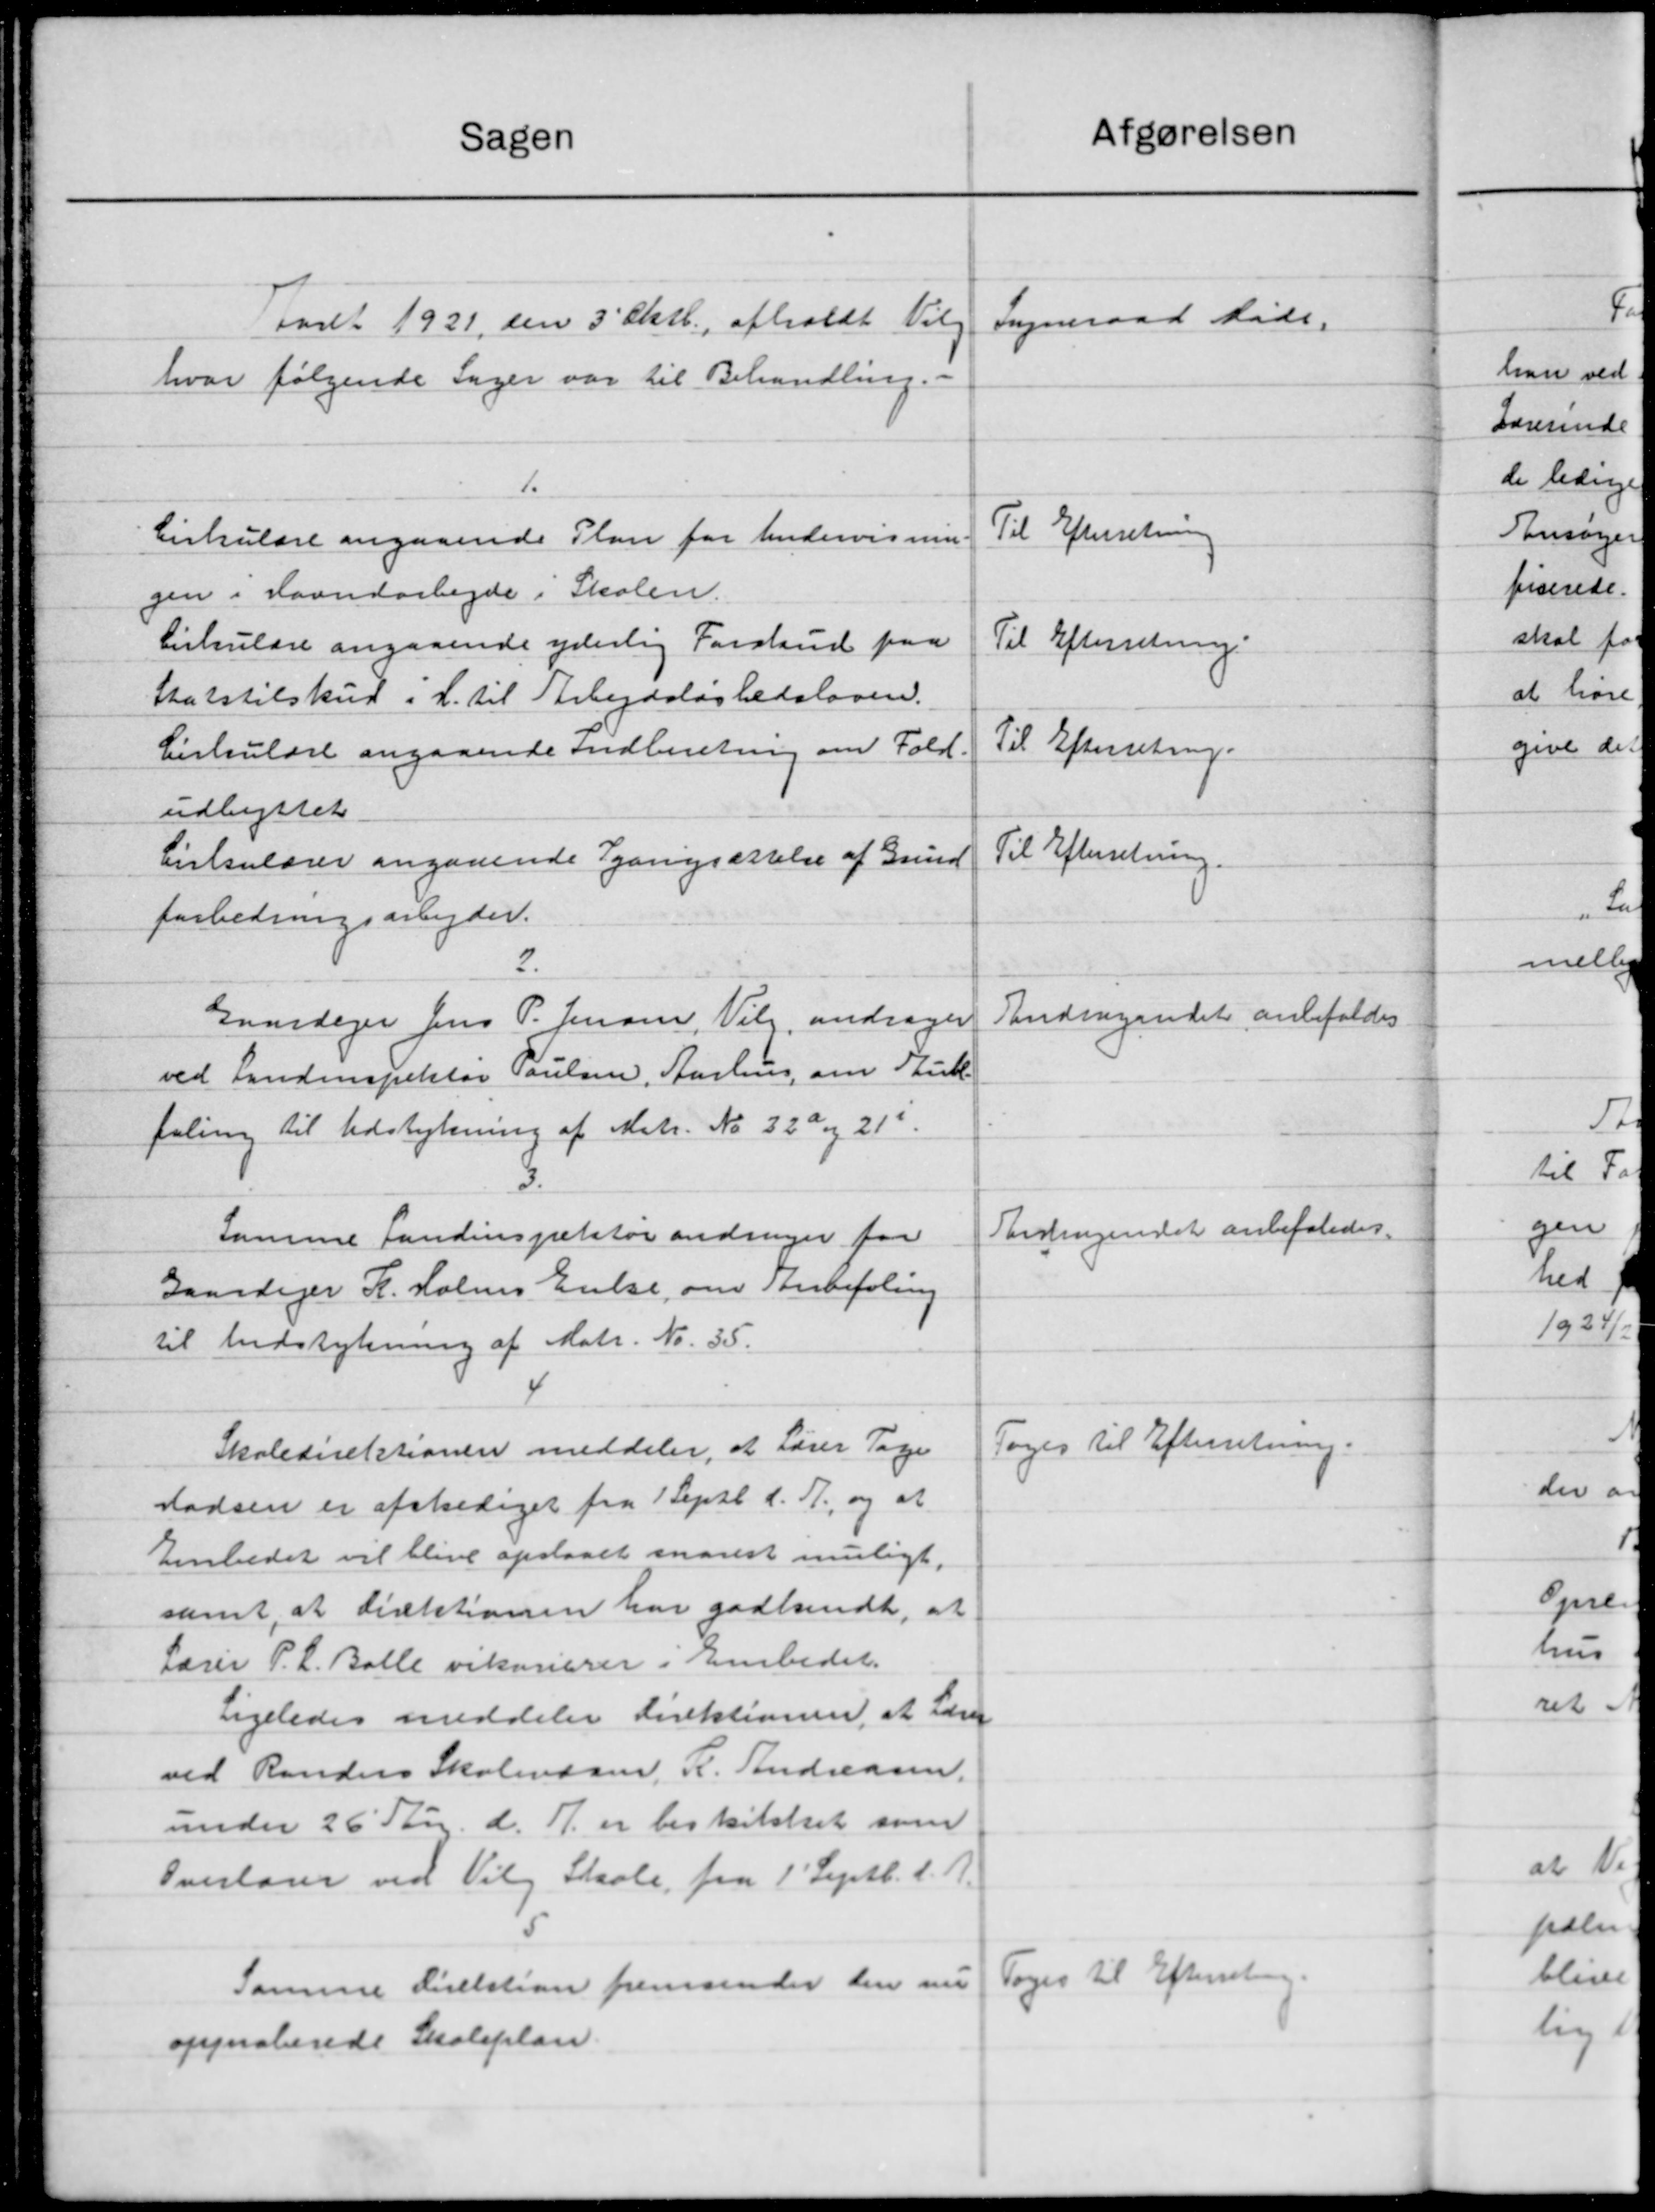
Transskription:
Afgørelsen
Sagen
Sogneraad Møde.
Taret 1921 den 3' Oktb. afholdt Valg
hvor følgende Sager var til Behandling. -
1.
Til Efterretning
Cirkulære angaaende Plan for Undervisning
gen i Haandarbejde i Skolen.
Cirkulære angaaende yderlig Forskud paa
Til Efterretning.
Statstilskud i H. til Arbejdsløshedsloven.
Til Efterretning.
Cirkulære angaaende Indberetning om Fold.
udbyttet
Til Efterretning.
Cirkulærer angaaende gangsættelse af Grund
forbedringsarbejder.
2.
Andergaadet anbefaldes.
Gaardejer Jens P. Jensen, Valg, andrager
ved Landinspektør Poulsen, Aarhus, om Skull
faling til Udstykning af Matr. No 320 og 211.
3.
Andragendet anbefaledes.
samme Landinspektør andrager for
Gaardejer H. Holms Enke, om Anbefaling
til Indstykning af Matr. Nr. 35.
Toges til Efterretning.
Skoledirektionen meddeler, at Lærer Tage
Madsen er afskediget fra 1 Septb. d. A., og at
Embedet vil blive opstaaet snarest muligt.
samt, at direktionen har godkendt, at
Lærer P. L. Balle vikarerer i Embedet.
Ligeledes meddeler direktionen at Lærer
ved Randers Skolevæsen, R. Andreasen.
under 26 St. d. A. er beskikket som
Overlager ved Vilg Skole fra 1' Septb. d. A.
5
Samme direktion fremsender den nu Toges til Efterretning.
approberede Skoleplan